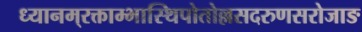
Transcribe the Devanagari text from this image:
ध्यानम्‌रक्ताम्भास्थिपोतोल्लसदरुणसरोजाङ